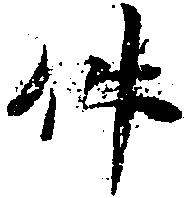
件